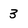
Character: 3